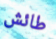
طائش